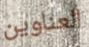
العناوين